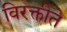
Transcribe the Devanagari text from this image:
विरक्तीते